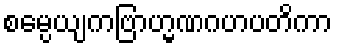
စမ္ပေယျကဗြာဟ္မဏဂဟပတိကာ